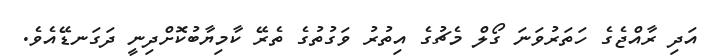
އަދި ރާއްޖެގެ ހަތަރުވަނަ ގޯލް މެޗުގެ އިތުރު ވަގުތުގެ ތެރޭ ކާމިޔާބުކޮށްދިނީ ދަގަނޑޭއެވެ.